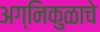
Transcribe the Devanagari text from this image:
अग्निकुळाचे